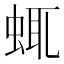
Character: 𧋖